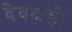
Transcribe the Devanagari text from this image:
देवळंही